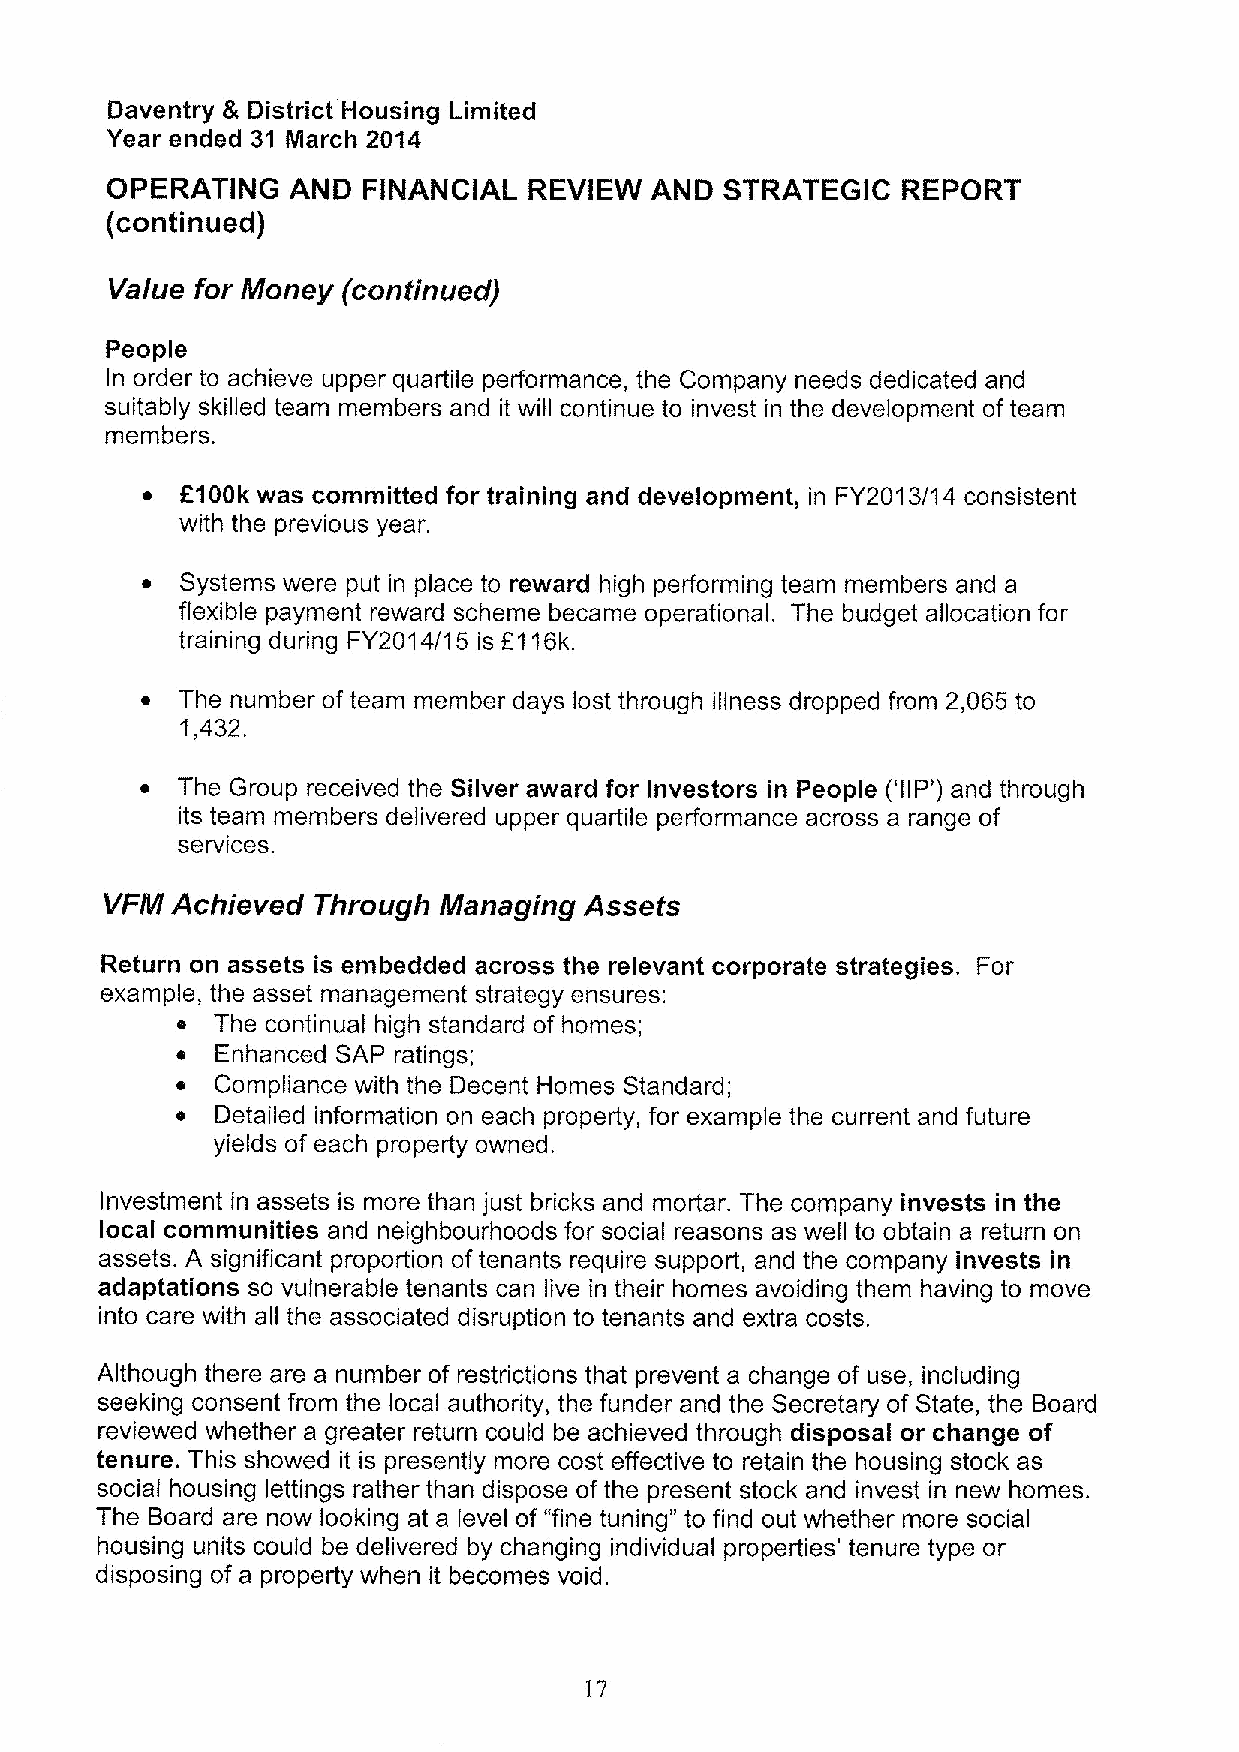
Daventry & District Housing Limited
 Year ended 31 March 2014
 OPERATING   AND  FINANCIAL  REVIEW  AND  STRATEGIC   REPORT
 (continued)
 Value for Money (continued)
 People
 In order to achieve upper quartile performance, the Company needs dedicated and
 suitably skilled team members and it will continue to invest in the development of team
 members.
 o  f'100k was committed for training and development, in FY2013/14 consistent
 with the previous year.
 ~  Systems were put in place to reward high performing team members and a
 flexible payment reward scheme became operational. The budget allocation for
 training during FY2014/15 is f116k.
 ~  The number of team member days lost through illness dropped from 2,065 to
 1,432.
 ~  The Group received the Silver award for Investors in People ('IIP') and through
 its team members delivered upper quartile performance across a range of
 services.
 VFM Achieved  Through Managing  Assets
 Return on assets is embedded across the relevant corporate strategies. For
 example, the asset management strategy ensures:
 e The continual high standard of homes;
 e Enhanced SAP ratings;
 o Compliance with the Decent Homes Standard;
 o Detailed information on each property, for example the current and future
 yields of each property owned.
 Investment in assets is more than just bricks and mortar. The company invests in the
 local communities and neighbourhoods for social reasons as well to obtain a return on
 assets. A significant proportion oftenants require support, and the company invests in
 adaptations so vulnerable tenants can live in their homes avoiding them having to move
 into care with all the associated disruption to tenants and extra costs.
 Although there are a number of restrictions that prevent a change of use, including
 seeking consent from the local authority, the funder and the Secretary of State, the Board
 reviewed whether a greater return could be achieved through disposal or change of
 tenure. This showed it is presently more cost effective to retain the housing stock as
 social housing lettings rather than dispose of the present stock and invest in new homes.
 The Board are now looking at a level of "fine tuning" to find out whether more social
 housing units could be delivered by changing individual properties' tenure type or
 disposing of a property when it becomes void.
 17